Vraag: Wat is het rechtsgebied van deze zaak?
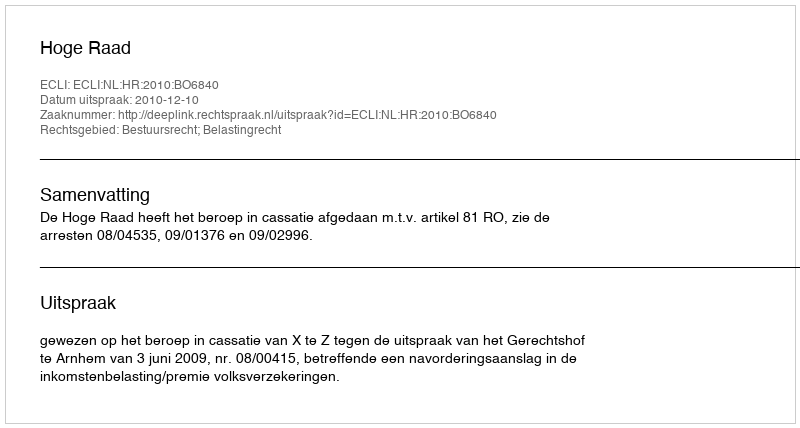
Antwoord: Bestuursrecht; Belastingrecht